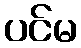
ပင်မ